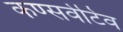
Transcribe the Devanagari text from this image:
कण्सर्वेटिव